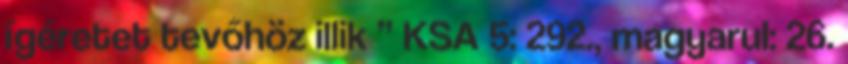
ígéretet tevőhöz illik ” KSA 5: 292., magyarul: 26.